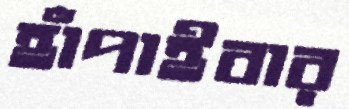
হাঁপাইবার